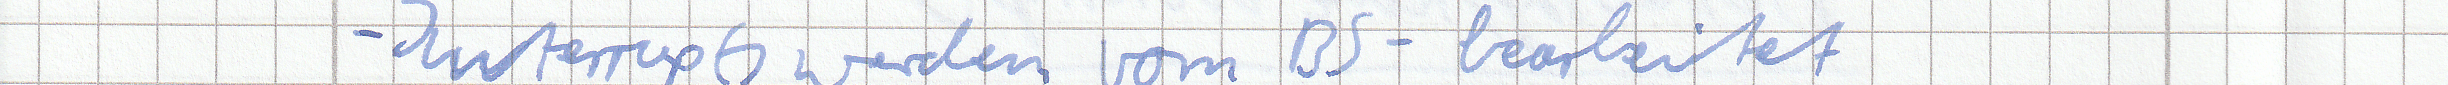
- Interrupts werden vom BS - bearbeitet